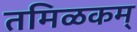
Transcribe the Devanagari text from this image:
तमिळकम्‌